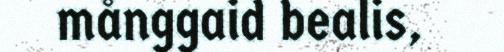
månggaid bealis,